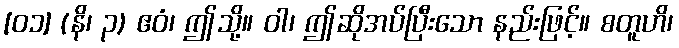
[၀၁] (နိ၊ ၃) ဧဝံ၊ ဤသို့။ ဝါ၊ ဤဆိုအပ်ပြီးသော နည်းဖြင့်။ စတူဟိ၊